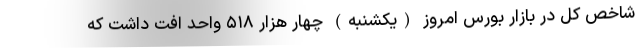
شاخص کل در بازار بورس امروز (یکشنبه) چهار هزار ۵۱۸ واحد افت داشت که